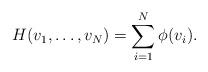
LaTeX: \begin{align*}H(v_1,\dots,v_N)=\sum_{i=1}^{N}\phi(v_i).\end{align*}